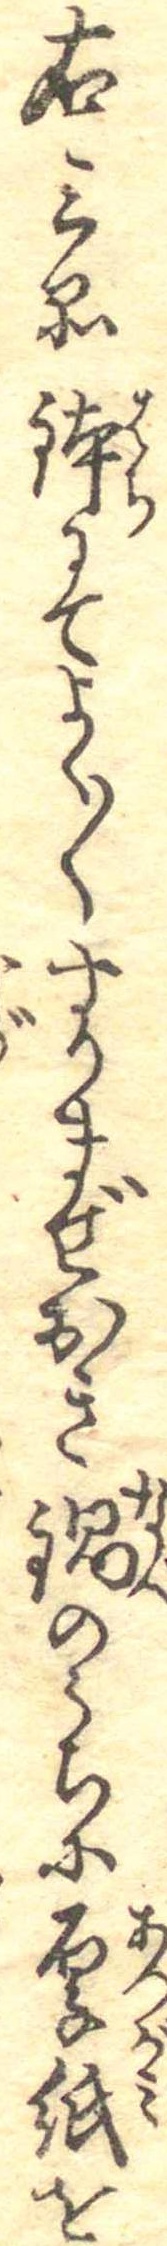
右三品鉢にてよく〱すりまぜおき鍋のうちに厚紙を